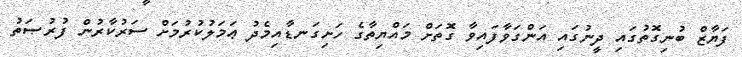
ފަޔާޒް ބުނިގޮތުގައި ދީނުގައި އަންގަވާފައިވާ ގޮތަށް މައްޔިތާގެ ހަށިގަނޑާއިމެދު ޢަމަލުކުރުމަށް ސަރުކާރުން ފުރުޞަތު